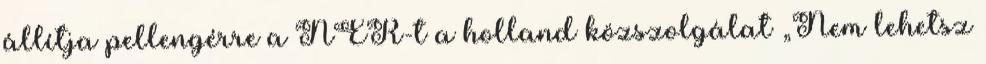
állítja pellengérre a NER-t a holland közszolgálat „Nem lehetsz